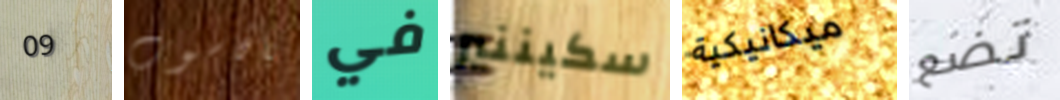
09 بالحاسوب في سكيننير ميكانيكية تضع